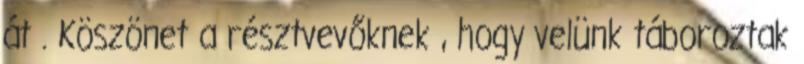
át . Köszönet a résztvevőknek , hogy velünk táboroztak